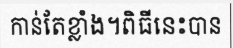
កាន់តែខ្លាំង។ពិធីនេះបាន